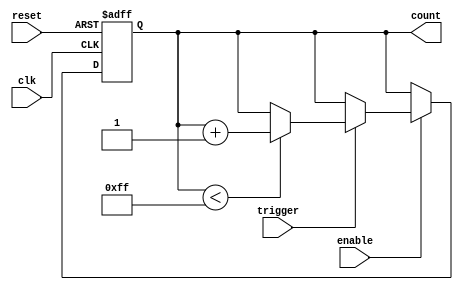
module event_triggered_counter (
    input wire clk,                // Clock signal
    input wire reset,              // Asynchronous reset signal
    input wire trigger,            // Event trigger signal
    input wire enable,             // Enable counting
    output reg [7:0] count         // 8-bit counter output
);

    // Maximum count value
    parameter MAX_COUNT = 8'd255;

    // Always block for counting mechanism
    always @(posedge clk or posedge reset) begin
        if (reset) begin
            count <= 8'b0;          // Reset counter to 0
        end else if (enable) begin
            if (trigger) begin
                if (count < MAX_COUNT) begin
                    count <= count + 1; // Increment counter
                end
                // If MAX_COUNT is reached, it can either hold or wrap around
                // Uncomment the next line for wrap-around behavior
                // else count <= 8'b0; // Uncomment for wrap-around
            end
        end
    end

endmodule